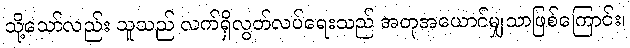
သို့သော်လည်း သူသည် လက်ရှိလွတ်လပ်ရေးသည် အတုအယောင်မျှသာဖြစ်ကြောင်း၊